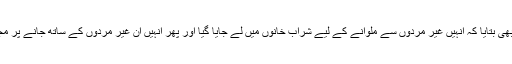
کچھ نے یہ بھی بتایا کہ انہیں غیر مردوں سے ملوانے کے لیے شراب خانوں میں لے جایا گیا اور پھر انہیں اُن غیر مردوں کے ساتھ جانے پر مجبور کیا گیا۔